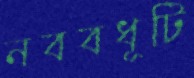
নববধূটি